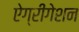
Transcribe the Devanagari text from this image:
ऐग्रीगेशन